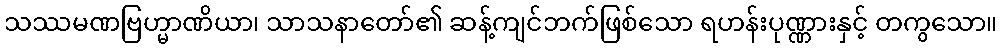
သဿမဏဗြဟ္မာဏိယာ၊ သာသနာတော်၏ ဆန့်ကျင်ဘက်ဖြစ်သော ရဟန်းပုဏ္ဏားနှင့် တကွသော။